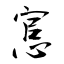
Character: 悹